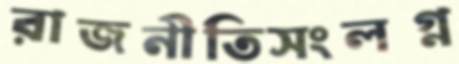
রাজনীতিসংলগ্ন